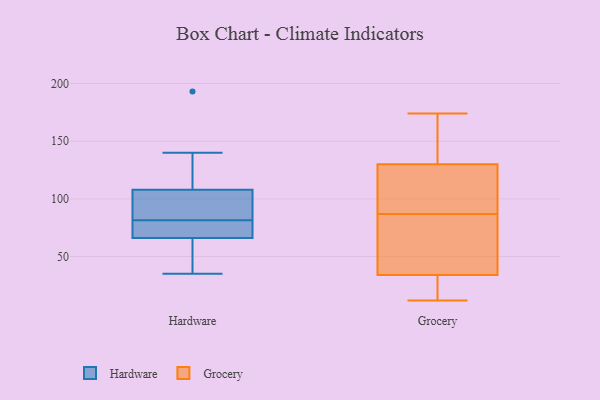
{"axis": {"x": "Operating Costs (USD K)", "y": "Value"}, "legend": ["Grocery", "Hardware"], "data": [{"x": "", "y": 106, "type": "Hardware"}, {"x": "", "y": 36, "type": "Hardware"}, {"x": "", "y": 84, "type": "Hardware"}, {"x": "", "y": 35, "type": "Hardware"}, {"x": "", "y": 59, "type": "Hardware"}, {"x": "", "y": 66, "type": "Hardware"}, {"x": "", "y": 93, "type": "Hardware"}, {"x": "", "y": 72, "type": "Hardware"}, {"x": "", "y": 79, "type": "Hardware"}, {"x": "", "y": 66, "type": "Hardware"}, {"x": "", "y": 140, "type": "Hardware"}, {"x": "", "y": 110, "type": "Hardware"}, {"x": "", "y": 130, "type": "Hardware"}, {"x": "", "y": 193, "type": "Hardware"}, {"x": "", "y": 88, "type": "Hardware"}, {"x": "", "y": 66, "type": "Hardware"}, {"x": "", "y": 16, "type": "Grocery"}, {"x": "", "y": 41, "type": "Grocery"}, {"x": "", "y": 83, "type": "Grocery"}, {"x": "", "y": 119, "type": "Grocery"}, {"x": "", "y": 147, "type": "Grocery"}, {"x": "", "y": 34, "type": "Grocery"}, {"x": "", "y": 23, "type": "Grocery"}, {"x": "", "y": 68, "type": "Grocery"}, {"x": "", "y": 22, "type": "Grocery"}, {"x": "", "y": 120, "type": "Grocery"}, {"x": "", "y": 69, "type": "Grocery"}, {"x": "", "y": 105, "type": "Grocery"}, {"x": "", "y": 174, "type": "Grocery"}, {"x": "", "y": 174, "type": "Grocery"}, {"x": "", "y": 130, "type": "Grocery"}, {"x": "", "y": 91, "type": "Grocery"}, {"x": "", "y": 168, "type": "Grocery"}, {"x": "", "y": 12, "type": "Grocery"}]}